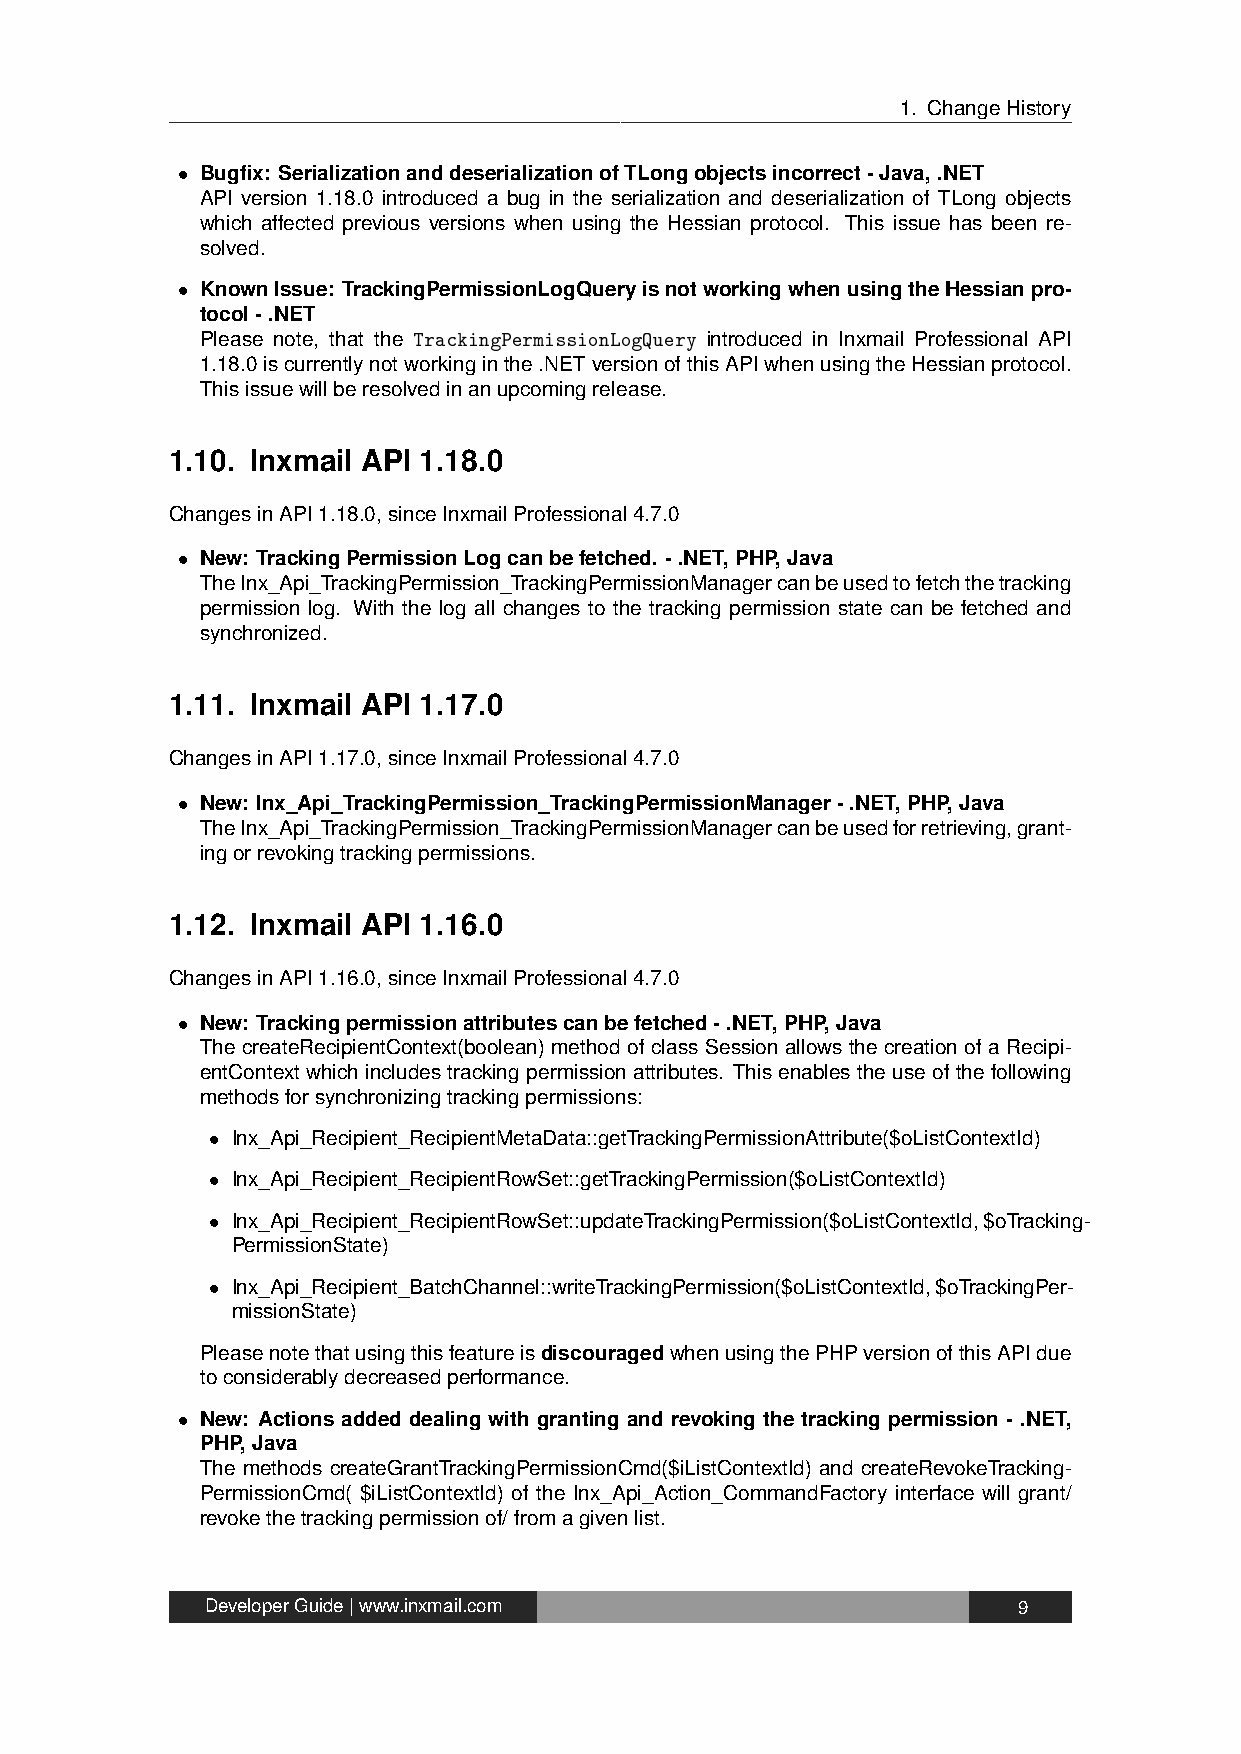
1. ChangeHistory
 • Bugfix: SerializationanddeserializationofTLongobjectsincorrect-Java,.NET
 API version 1.18.0 introduced a bug in the serialization and deserialization of TLong objects
 which affected previous versions when using the Hessian protocol. This issue has been re-
 solved.
 • KnownIssue: TrackingPermissionLogQueryisnotworkingwhenusingtheHessianpro-
 tocol-.NET
 Please note, that the TrackingPermissionLogQuery introduced in Inxmail Professional API
 1.18.0iscurrentlynotworkinginthe.NETversionofthisAPIwhenusingtheHessianprotocol.
 Thisissuewillberesolvedinanupcomingrelease.
 1.10. Inxmail API 1.18.0
 ChangesinAPI1.18.0,sinceInxmailProfessional4.7.0
 • New: TrackingPermissionLogcanbefetched. -.NET,PHP,Java
 TheInx_Api_TrackingPermission_TrackingPermissionManagercanbeusedtofetchthetracking
 permission log. With the log all changes to the tracking permission state can be fetched and
 synchronized.
 1.11. Inxmail API 1.17.0
 ChangesinAPI1.17.0,sinceInxmailProfessional4.7.0
 • New: Inx_Api_TrackingPermission_TrackingPermissionManager-.NET,PHP,Java
 TheInx_Api_TrackingPermission_TrackingPermissionManagercanbeusedforretrieving,grant-
 ingorrevokingtrackingpermissions.
 1.12. Inxmail API 1.16.0
 ChangesinAPI1.16.0,sinceInxmailProfessional4.7.0
 • New: Trackingpermissionattributescanbefetched-.NET,PHP,Java
 The createRecipientContext(boolean) method of class Session allows the creation of a Recipi-
 entContext which includes tracking permission attributes. This enables the use of the following
 methodsforsynchronizingtrackingpermissions:
 • Inx_Api_Recipient_RecipientMetaData::getTrackingPermissionAttribute($oListContextId)
 • Inx_Api_Recipient_RecipientRowSet::getTrackingPermission($oListContextId)
 • Inx_Api_Recipient_RecipientRowSet::updateTrackingPermission($oListContextId,$oTracking-
 PermissionState)
 • Inx_Api_Recipient_BatchChannel::writeTrackingPermission($oListContextId,$oTrackingPer-
 missionState)
 PleasenotethatusingthisfeatureisdiscouragedwhenusingthePHPversionofthisAPIdue
 toconsiderablydecreasedperformance.
 • New: Actions added dealing with granting and revoking the tracking permission - .NET,
 PHP,Java
 The methods createGrantTrackingPermissionCmd($iListContextId) and createRevokeTracking-
 PermissionCmd( $iListContextId) of the Inx_Api_Action_CommandFactory interface will grant/
 revokethetrackingpermissionof/fromagivenlist.
 DeveloperGuide|www.inxmail.com                       9